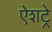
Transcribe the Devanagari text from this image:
ऐशट्रे